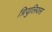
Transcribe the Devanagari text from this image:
ग्रियुलियस